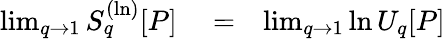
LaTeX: \begin{array}{rlr}{\operatorname*{lim}_{q\to 1}S_{q}^{(\ln)}[P]}&{{}=}&{\operatorname*{lim}_{q\to 1}\ln U_{q}[P]}\end{array}